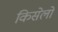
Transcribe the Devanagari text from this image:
किसेलो